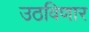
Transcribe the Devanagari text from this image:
उठविणार